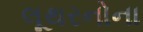
લૂથરનોના